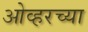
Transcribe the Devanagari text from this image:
ओव्हरच्या